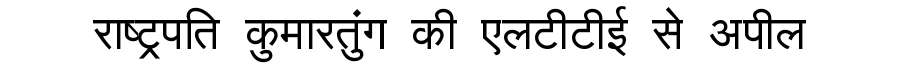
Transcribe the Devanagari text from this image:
राष्ट्रपति कुमारतुंग की एलटीटीई से अपील